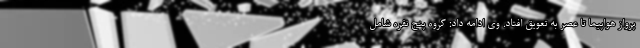
پرواز هواپیما تا عصر به تعویق افتاد. وی ادامه داد: گروه پنج نفره شامل